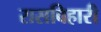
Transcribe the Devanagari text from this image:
रासविहारी